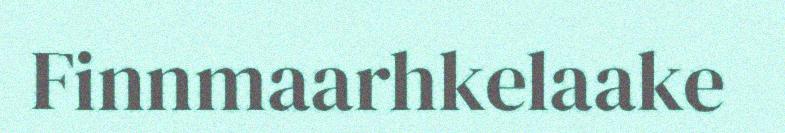
Finnmaarhkelaake